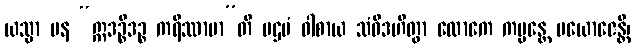
ယသ္မာ ပန “ဣဒဉ္စိဒဉ္စ ကရိဿာမာ”တိ ပဌမံ ဝါစာယ သံဝိဒဟိတွာ လောကေ ကမ္မန္တေ ပယောဇေန္တိ၊